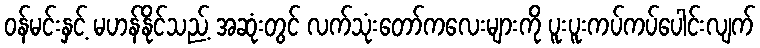
ဝန်မင်းနှင့် မဟန်နိုင်သည့် အဆုံးတွင် လက်သုံးတော်ကလေးများကို ပူးပူးကပ်ကပ်ပေါင်းလျက်